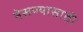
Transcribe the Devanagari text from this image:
नेसण्यासाठी